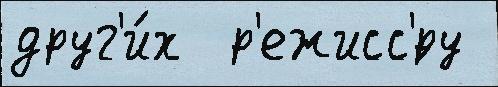
друг'и́х  р'ежисс'́ру